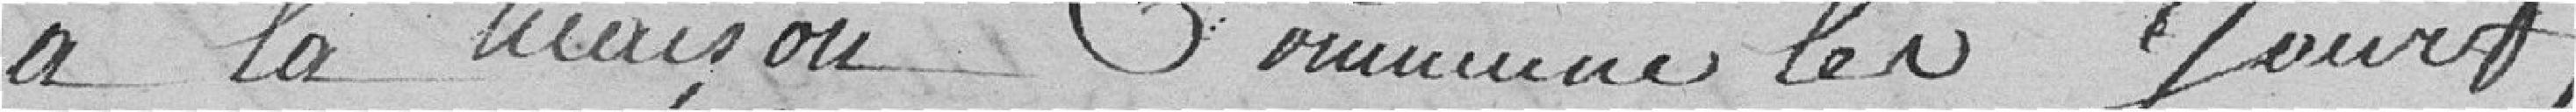
à la maison comme les jours,